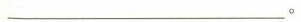
______。